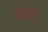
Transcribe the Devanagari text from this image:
लयुमो